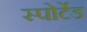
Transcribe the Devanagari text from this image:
स्पोर्टेड